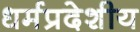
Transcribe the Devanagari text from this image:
धर्मप्रदेशीय